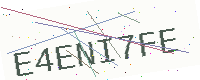
Text: E4ENI7FE